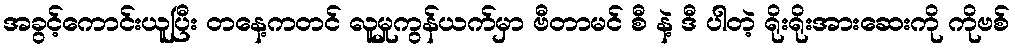
အခွင့်ကောင်းယူပြီး တနေ့ကတင် လူမှုကွန်ယက်မှာ ဗီတာမင် စီ နဲ့ ဒီ ပါတဲ့ ရိုးရိုးအားဆေးကို ကိုဗစ်